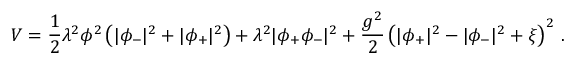
V = \frac 1 2 \lambda ^ { 2 } \phi ^ { 2 } \left( | \phi _ { - } | ^ { 2 } + | \phi _ { + } | ^ { 2 } \right) + \lambda ^ { 2 } | \phi _ { + } \phi _ { - } | ^ { 2 } + { \frac { g ^ { 2 } } { 2 } } \left( | \phi _ { + } | ^ { 2 } - | \phi _ { - } | ^ { 2 } + \xi \right) ^ { 2 } \, .